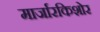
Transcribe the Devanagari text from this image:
मार्जारकिशोर